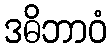
ဒဓိဘာဝံ